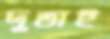
দুভাই